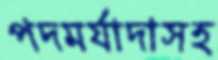
পদমর্যাদাসহ